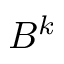
B ^ { k }